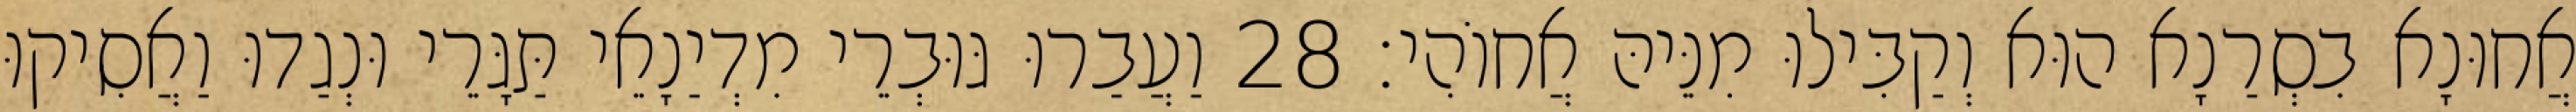
אֲחוּנָא בִסְרַנָא הוּא וְקַבִּילוּ מִנֵּיהּ אֲחוֹהִי׃ 28 וַעֲבַרוּ גּוּבְרֵי מִדְיַנָאֵי תַּגָּרֵי וּנְגַדוּ וַאֲסִיקוּ